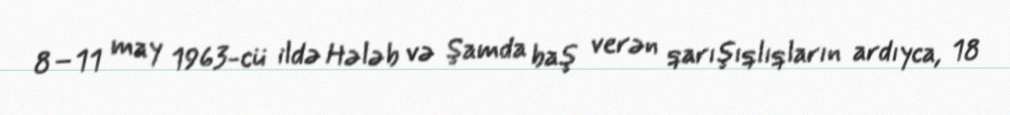
8–11 may 1963-cü ildə Hələb və Şamda baş verən qarışıqlıqların ardıyca, 18